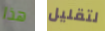
هذا لتقليل